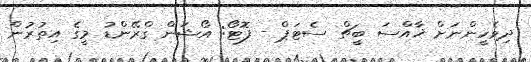
ދިވެހީންނަށް ޚާއްސަ ބީޗް ސެޓަޕް - ފޮޓޯ: އޯޝަން ގްރޭންޑު މީގެ އިތުރުން